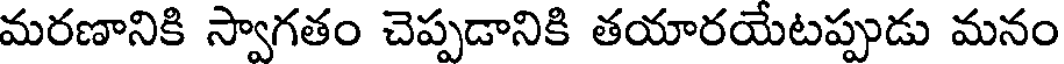
మరణానికి స్వాగతం చెప్పడానికి తయారయేటప్పుడు మనం